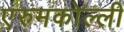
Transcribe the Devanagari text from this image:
एरुमकोल्ली